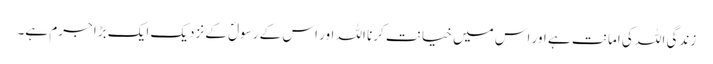
زندگی اللہ کی امانت ہے اور اس میں خیانت کرنا اللہ اور اس کے رسولؐ کے نزدیک ایک بڑا جرم ہے۔